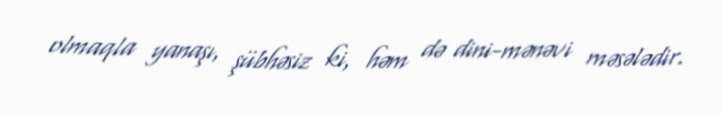
olmaqla yanaşı, şübhəsiz ki, həm də dini-mənəvi məsələdir.